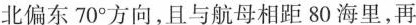
北偏东70^{\circ}方向，且与航母相距80海里，再